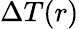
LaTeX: \Delta T(r)